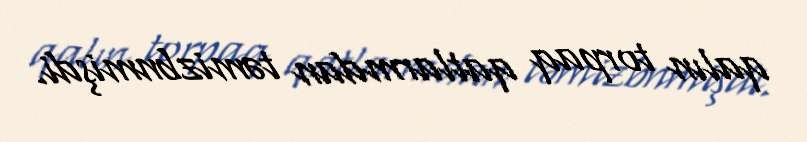
qalın torpaq qatlarmdan təmizbnmişdi.